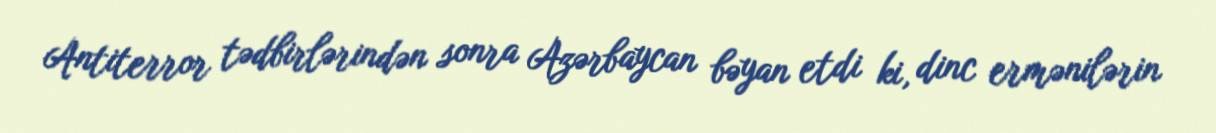
Antiterror tədbirlərindən sonra Azərbaycan bəyan etdi ki, dinc ermənilərin